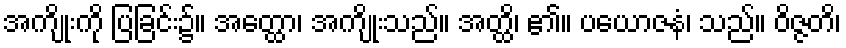
အကျိုးကို ပြခြင်း၌။ အတ္ထော၊ အကျိုးသည်။ အတ္ထိ၊ ၏။ ပယောဇနံ၊ သည်။ ဝိဇ္ဇတိ၊